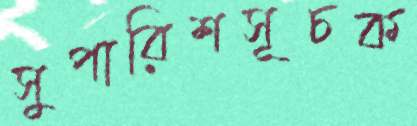
সুপারিশসূচক